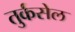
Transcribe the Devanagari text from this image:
तुर्कसेल